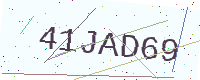
Text: 41JAD69